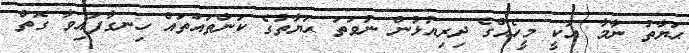
ޙަޔާތު ނާމާ އަކީ މީހެއްގެ ދިރިއުޅުން ނުވަތަ ޙަޔާތުގެ ކަންތައްތައް ހިނގާފައިވާ ގޮތް